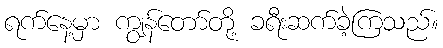
ရက်နေ့မှာ ကျွန်တော်တို့ ခရီးဆက်ခဲ့ကြသည်။